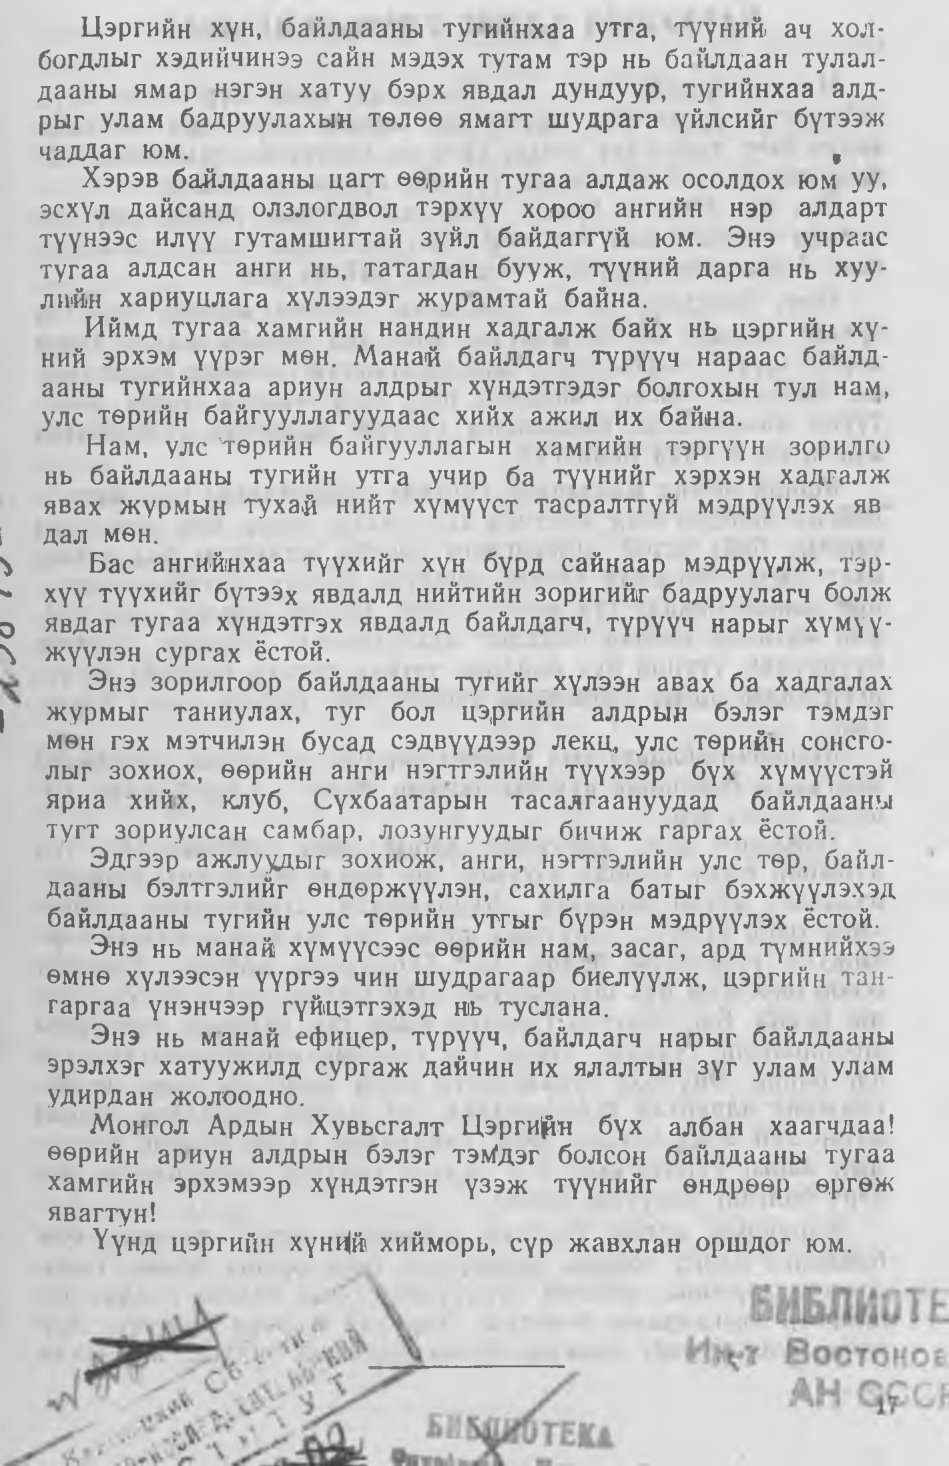
Language: mn